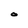
Character: o